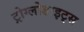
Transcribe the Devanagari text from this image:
ट्रोग्लोडाइट्स